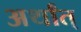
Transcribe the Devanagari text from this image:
अर्थांत्